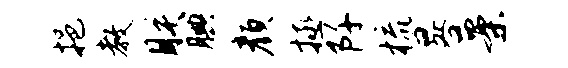
挹教朕腆颜拯阡梳晷案